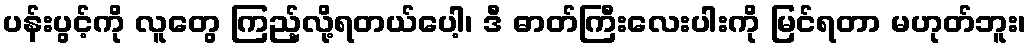
ပန်းပွင့်ကို လူတွေ ကြည့်လို့ရတယ်ပေါ့၊ ဒီ ဓာတ်ကြီးလေးပါးကို မြင်ရတာ မဟုတ်ဘူး၊